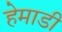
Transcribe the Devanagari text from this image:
हेमाडी